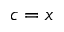
c = x